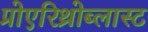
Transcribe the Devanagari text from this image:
प्रोएरिथ्रोब्लास्ट